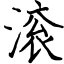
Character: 滚